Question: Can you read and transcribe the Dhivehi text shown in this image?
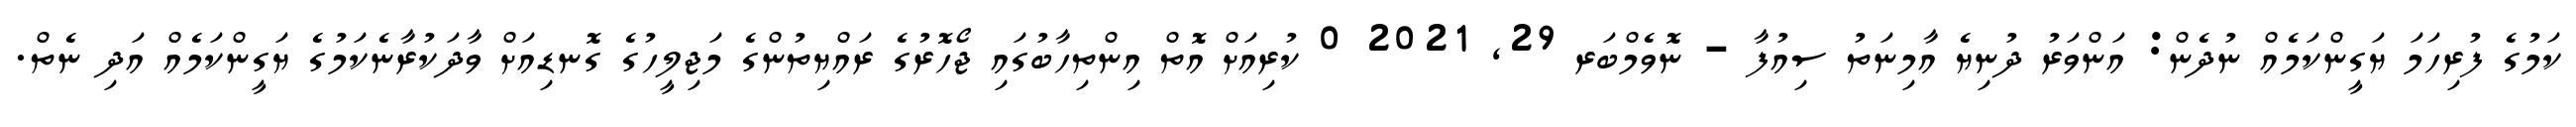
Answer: ކަމުގެ ފުރިހަމަ ޔަގީންކަމެއް ނުދެން: އަންވަރު ދުނިޔެ އާމިނަތު ސިއުފާ - ނޮވެމްބަރ 29, 2021 0 ކުރިއަށް އޮތް އިންތިހާބުގައި ޖޯހޮރުގެ ރައްޔިތުންގެ މަޖިލީހުގެ ގޮނޑިއަށް ވާދަކުރާނެކަމުގެ ޔަގީންކަމެއް އަދި ނެތް.